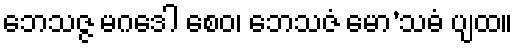
ဘေသဇ္ဇ မဂဒေါ စေဝ၊ ဘေသဇံ မော’သဓံ ပျထ။